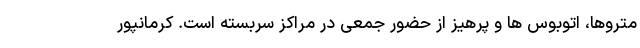
متروها، اتوبوس ها و پرهیز از حضور جمعی در مراکز سربسته است. کرمانپور